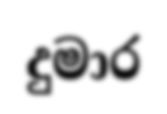
දුමාර